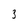
Character: 3